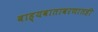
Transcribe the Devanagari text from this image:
बाह्यवातावरणातही